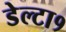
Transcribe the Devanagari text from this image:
डेल्टा१